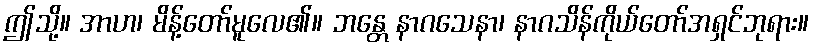
ဤသို့။ အာဟ၊ မိန့်တော်မူလေ၏။ ဘန္တေ နာဂသေနာ၊ နာဂသိန်ကိုယ်တော်အရှင်ဘုရား။